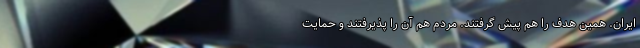
ایران. همین هدف را هم پیش گرفتند. مردم هم آن را پذیرفتند و حمایت